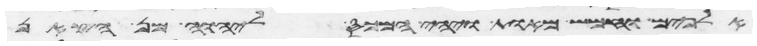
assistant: אלפים וחמש מאות ויהי המכס ליהוה מן הצאן